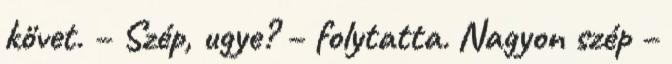
követ. – Szép, ugye? – folytatta. Nagyon szép –